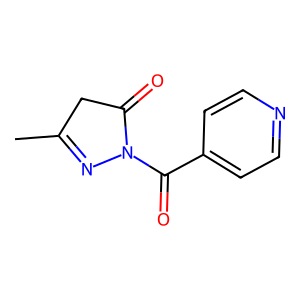
SMILES: CC1=NN(C(=O)c2ccncc2)C(=O)C1
Inhibits HIV replication: No